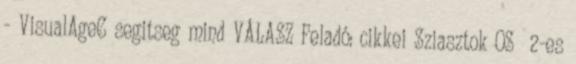
- VisualAgeC segitseg mind VÁLASZ Feladó: cikkei Sziasztok OS 2-es